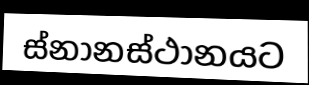
ස්නානස්ථානයට